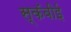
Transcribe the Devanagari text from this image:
स्कॅबीई